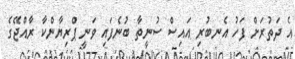
އެ ދަތުރަށް ފަހު އެނބުރި އައިސް ސުނީތާ ބުނެފައި ވަނީ ޕްރިޔާންކާ ރާއްޖޭގެ